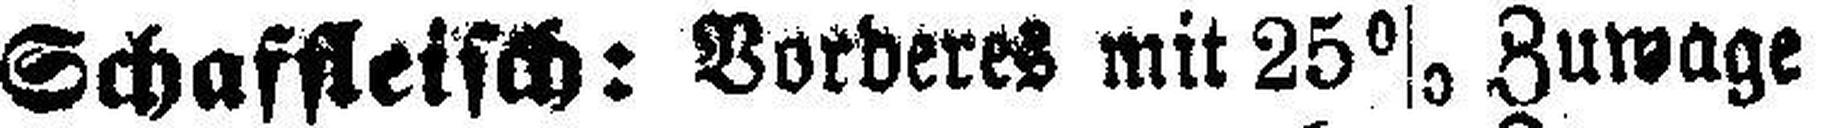
Schaffleisch: Vorderes mit 25% Zuwage